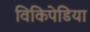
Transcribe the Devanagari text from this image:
विकिपेडिया